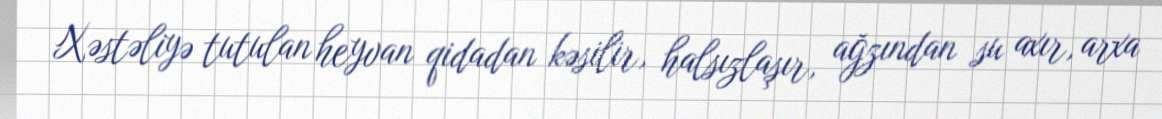
Xəstəliyə tutulan heyvan qidadan kəsilir, halsızlaşır, ağzından su axır, arxa